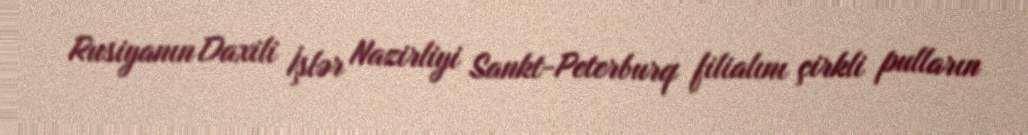
Rusiyanın Daxili İşlər Nazirliyi Sankt-Peterburq filialını çirkli pulların